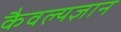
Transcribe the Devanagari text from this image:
कैवल्यज्ञान